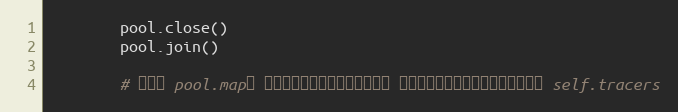
Language: Python
        pool.close()
        pool.join()

        # 传递给 pool.map的 实例对象，内存地址发生变化， 因此，这里在运行结束后，重新定义 self.tracers